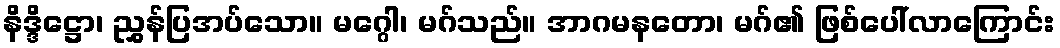
နိဒ္ဒိဋ္ဌော၊ ညွှန်ပြအပ်သော။ မဂ္ဂေါ၊ မဂ်သည်။ အာဂမနတော၊ မဂ်၏ ဖြစ်ပေါ်လာကြောင်း